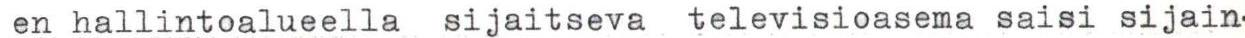
 en hallintoalueella sijaitseva  televisioasema saisi sijain-